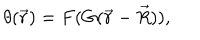
\theta ( \vec { r } ) = F ( G ( \vec { r } - \vec { R } ) ) ,